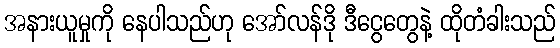
အနားယူမှုကို နေပါသည်ဟု အော်လန်ဒို ဒီငွေတွေနဲ့ ထိုတံခါးသည်